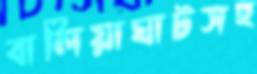
বালিয়াঘাটসহ